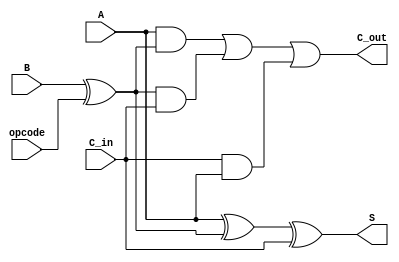
module one_bit_adder_subtractor(C_out,S,A,B,C_in,opcode); //opcode 0 or +, 1 for -
    input A,B,C_in,opcode;
    output C_out;
    output S;
    //This is true for both addition and subtraction 
    assign S=(A^(B^opcode))^C_in;
    assign C_out=(A&(B^opcode))|((B^opcode)&C_in)|(C_in&A);
endmodule